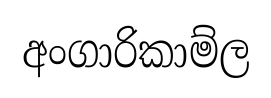
අංගාරිකාම්ල